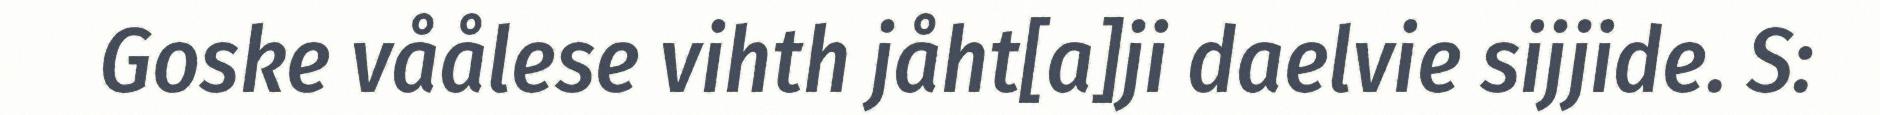
Goske våålese vihth jåht[a]ji daelvie sijjide. S: